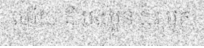
ហើយ គឺ បងប្អូន ជិះ ម៉ូតូ